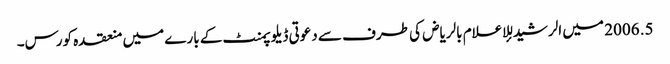
5. 2006 میں الرشید للإعلام بالریاض کی طرف سے دعوتی ڈیلوپمنٹ کے بارے میں منعقدہ کورس۔